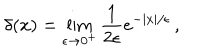
\delta ( x ) = \lim _ { \epsilon \rightarrow 0 ^ { + } } { \frac { 1 } { 2 \epsilon } } e ^ { - | x | / \epsilon } \, ,